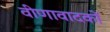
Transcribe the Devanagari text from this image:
वीणावादकों